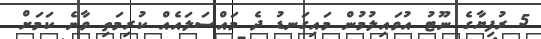
5 ރުފިޔާގެ ނޫޓު އުވައިލުމުން މައިގަނޑު ދެ މައްސަލައެއް ކުރިމަތި ވާނެ ކަމަށް